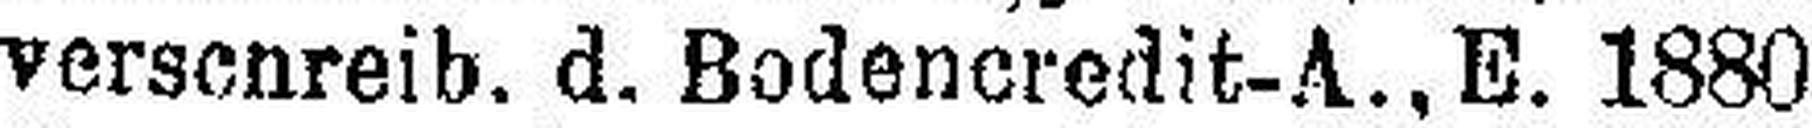
verschreib. d. Bodencredit-A., E. 1880